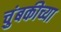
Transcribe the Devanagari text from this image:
चुंबकीच्या